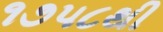
૧૭૫૮થી